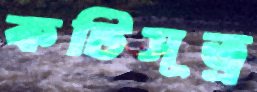
কটিসূত্র